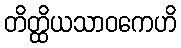
တိတ္ထိယသာဝကေဟိ